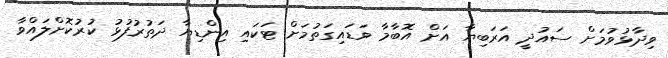
ވިދާޅުވުމަށް ސައުދީ އަރަބިޔާ އަށް އޮބާމާ ވަޑައިގަތުމަށް ޓަކައި އިންޑިޔާ ދަތުރުފުޅު ކުރުކޮށްލައްވާ